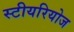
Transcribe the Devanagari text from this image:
स्टीयरियोज